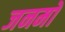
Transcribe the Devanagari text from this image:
जनमो